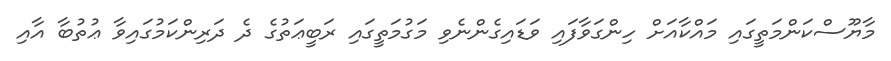
މާޔޫސްކަންމަތީގައި މައްކާއަށް ހިންގަވާފައި ވަޑައިގެންނެވި މަގުމަތީގައި ރަބީޢަތުގެ ދެ ދަރިންކަމުގައިވާ ޢުތުބާ އާއި